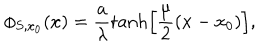
\phi _ { S , x _ { 0 } } ( x ) = \frac { a } { \lambda } \tanh \left[ \frac { \mu } { 2 } ( x - x _ { 0 } ) \right] ,